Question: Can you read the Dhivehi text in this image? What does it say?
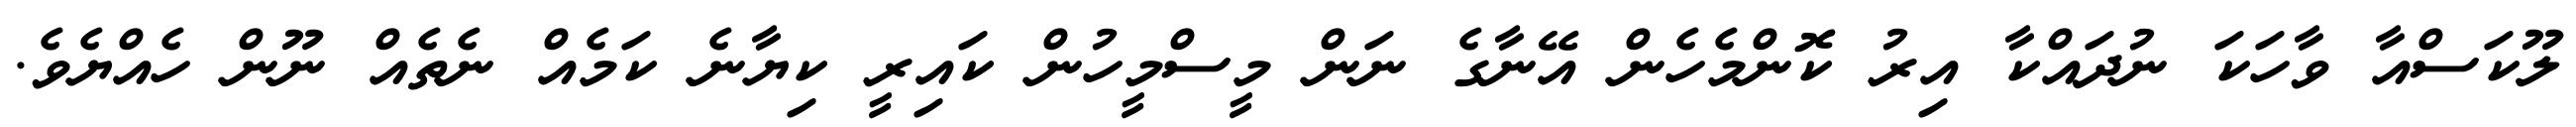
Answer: ލޫކަސްއާ ވާހަކަ ނުދައްކާ އިރު ކޮންމެހެން އޭނާގެ ނަން މީސްމީހުން ކައިރީ ކިޔާނެ ކަމެއް ނެތެއް ނޫން ހެއްޔެވެ.